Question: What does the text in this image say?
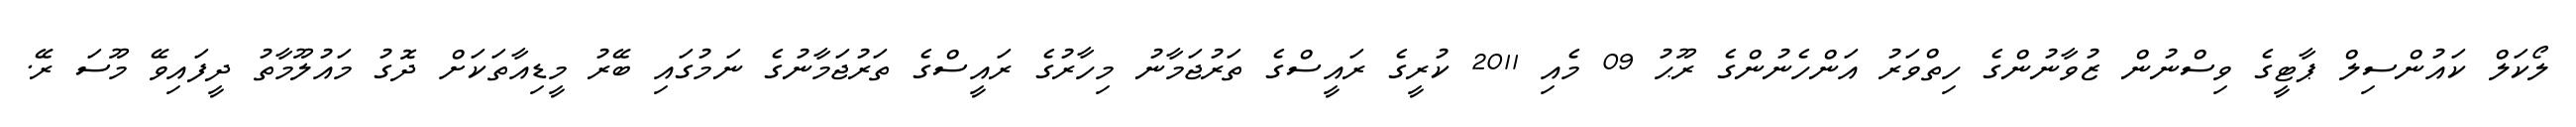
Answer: ލޯކަލް ކައުންސިލް ޕާޓީގެ ވިސްނުން ޒުވާނުންގެ ހިތްވަރު އަންހެނުންގެ ރޫޙު 09 މެއި 2011 ކުރީގެ ރައީސްގެ ތަރުޖަމާނު މިހާރުގެ ރައީސްގެ ތަރުޖަމާނުގެ ނަމުގައި ބޭރު މީޑިއާތަކަށް ދޮގު މައުލޫމާތު ދީފައިވޭ މޫސަ ރޭ.